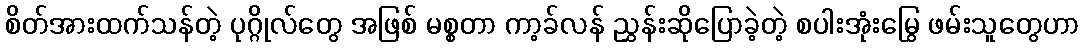
စိတ်အားထက်သန်တဲ့ ပုဂ္ဂိုလ်တွေ အဖြစ် မစ္စတာ ကာ့ခ်လန် ညွှန်းဆိုပြောခဲ့တဲ့ စပါးအုံးမြွေ ဖမ်းသူတွေဟာ